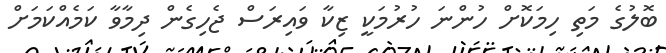
ބޮލުގެ މަތި ހިމަކޮށް ހުންނަ ހުރުމަކީ ޒިކާ ވައިރަސް ޖެހިގެން ދިމާވާ ކަމެއްކަމަށް